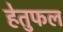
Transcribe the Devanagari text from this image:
हेतुफल